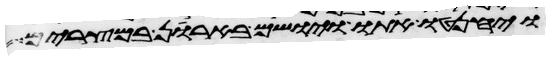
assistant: ויחנטו אתו ויושם בארן במצרים